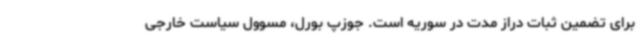
برای تضمین ثبات دراز مدت در سوریه است. جوزپ بورل، مسوول سیاست خارجی